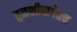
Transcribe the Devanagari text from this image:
तुळशीबागेतच